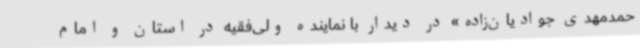
حمدمهدی جوادیان‌زاده» در دیدار با نماینده ولی‌فقیه در استان و امام